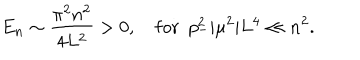
E _ { n } \sim \frac { \pi ^ { 2 } n ^ { 2 } } { 4 L ^ { 2 } } > 0 , \mathrm { f o r } \ \ p _ { - } ^ { 2 } | \mu ^ { 2 } | L ^ { 4 } \ll n ^ { 2 } .